Indian journal of veterinary science and animal husbandry - Volumes 22-23, 1952-1953
Year: 1952
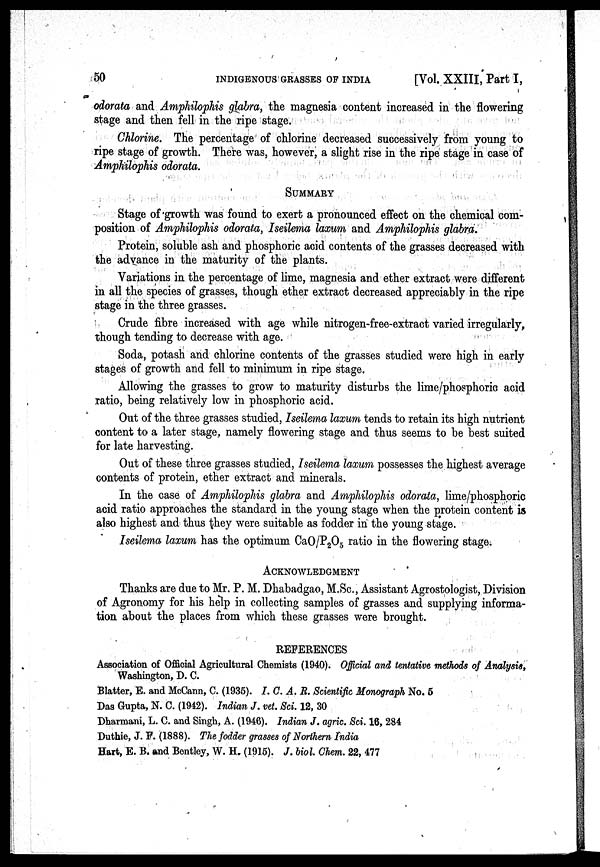
50
INDIGENOUS GRASSES OF INDIA
[Vol. XXIII, Part I,
odorata and Amphilophis glabra, the magnesia content increased in the flowering
stage and then fell in the ripe stage.
Chlorine. The percentage of chlorine decreased successively from young to
ripe stage of growth. There was, however, a slight rise in the ripe stage in case of
Amphilophis odorata.
SUMMARY
Stage of growth was found to exert a pronounced effect on the chemical com-
position of Amphihphis odorata, Iseilema laxum and Amphilophis glabra.
Protein, soluble ash and phosphoric acid contents of the grasses decreased with
the advance in the maturity of the plants.
Variations in the percentage of lime, magnesia and ether extract were different
in all the species of grasses, though ether extract decreased appreciably in the ripe
stage in the three grasses.
Crude fibre increased with age while nitrogen-free-extract varied irregularly,
though tending to decrease with age.
Soda, potash and chlorine contents of the grasses studied were high in early
stages of growth and fell to minimum in ripe stage.
Allowing the grasses to grow to maturity disturbs the lime/phosphoric acid
ratio, being relatively low in phosphoric acid.
Out of the three grasses studied, Iseilema laxum tends to retain its high nutrient
content to a later stage, namely flowering stage and thus seems to be best suited
for late harvesting.
Out of these three grasses studied, Iseilema laxum possesses the highest average
contents of protein, ether extract and minerals.
In the case of Amphilophis glabra and Amphilpphis odorata, lime/phosphoric
acid ratio approaches the standard in the young stage when the protein content is
also highest and thus they were suitable as fodder in the young stage.
Iseilema laxum has the optimum CaO/P 2 O 5 ratio in the flowering stage;
ACKNOWLEDGMENT
Thanks are due to Mr. P. M. Dhabadgao, M.Sc., Assistant Agrostologist, Division
of Agronomy for his help in collecting samples of grasses and supplying informa-
tion about the places from which these grasses were brought.
REFERENCES
Association of Official Agricultural Chemists (1940). Official and tentative methods of Analysis,
Washington, D. C.
Blatter, E. and McCann, C. (1935). I. C. A. R. Scientific Monograph No. 5
Das Gupta, N. C. (1942). Indian J. vet. Sci. 12, 30
Dhannani, L. C. and Singh, A. (1946). Indian J. agric. Sci. 16, 284
Duthie, J. F. (1888). The fodder grasses of Northern India
Hart, E. B. and Bentley, W. H. (1915). J. biol. Chem. 22, 477